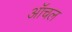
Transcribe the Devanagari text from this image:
ऑचल